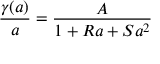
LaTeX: { \frac { \gamma ( a ) } { a } } = { \frac { A } { 1 + R a + S a ^ { 2 } } }